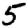
Digit: 5